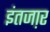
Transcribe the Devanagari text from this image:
इंतजा़र